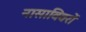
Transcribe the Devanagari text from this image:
नासाविवरों